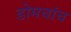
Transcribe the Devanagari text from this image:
डोमचांच